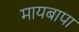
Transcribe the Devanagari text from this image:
मायबापा